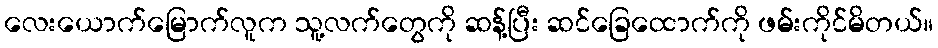
လေးယောက်မြောက်လူက သူ့လက်တွေကို ဆန့်ပြီး ဆင်ခြေထောက်ကို ဖမ်းကိုင်မိတယ်။